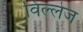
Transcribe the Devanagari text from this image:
विल्लेज